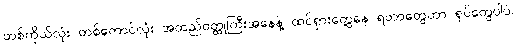
တစ်ကိုယ်လုံး တစ်ကောင်လုံး အထည်ဝတ္ထုကြီးအနေနဲ့ ထင်ရှားတွေ့နေ ရတာတွေဟာ ရုပ်တွေပါပဲ၊